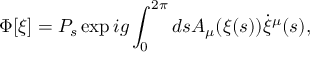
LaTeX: \Phi [ \xi ] = P _ { s } \exp i g \int _ { 0 } ^ { 2 \pi } d s A _ { \mu } ( \xi ( s ) ) \dot { \xi } ^ { \mu } ( s ) ,